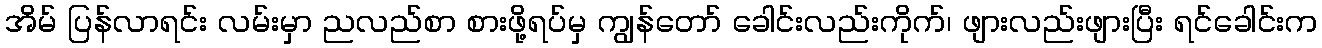
အိမ် ပြန်လာရင်း လမ်းမှာ ညလည်စာ စားဖို့ရပ်မှ ကျွန်တော် ခေါင်းလည်းကိုက်၊ ဖျားလည်းဖျားပြီး ရင်ခေါင်းက